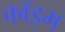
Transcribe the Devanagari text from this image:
कॉइम